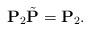
LaTeX: \begin{align*} \mathbf{P}_2 \tilde{\mathbf{P}}= \mathbf{P}_2.\end{align*}